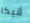
أنيكا